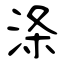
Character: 涤